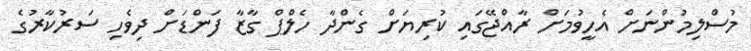
މުސްލިމުންނަށް އެހީވުމަށް ރާއްޖޭގައި ކުރިޔަށް ގެންދާ ހެލްޕް ގާޒާ ފަންޑަށް ދިވެހި ސަރުކާރުގެ